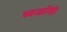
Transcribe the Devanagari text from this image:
ध्वजागिरि